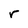
Character: r